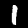
Digit: 1